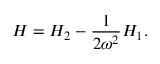
H = H _ { 2 } - \frac { 1 } { 2 \omega ^ { 2 } } H _ { 1 } .